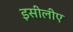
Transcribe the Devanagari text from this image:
इसीलीए